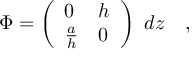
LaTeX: \Phi = \left( \begin{array} { l l } { { 0 } } & { { h } } \\ { { { \frac { a } { h } } } } & { { 0 } } \end{array} \right) ~ d z \quad ,